Leprosy in India: report of the Leprosy Commission in India, 1890-91
Year: 1890
Disease focus: Leprosy
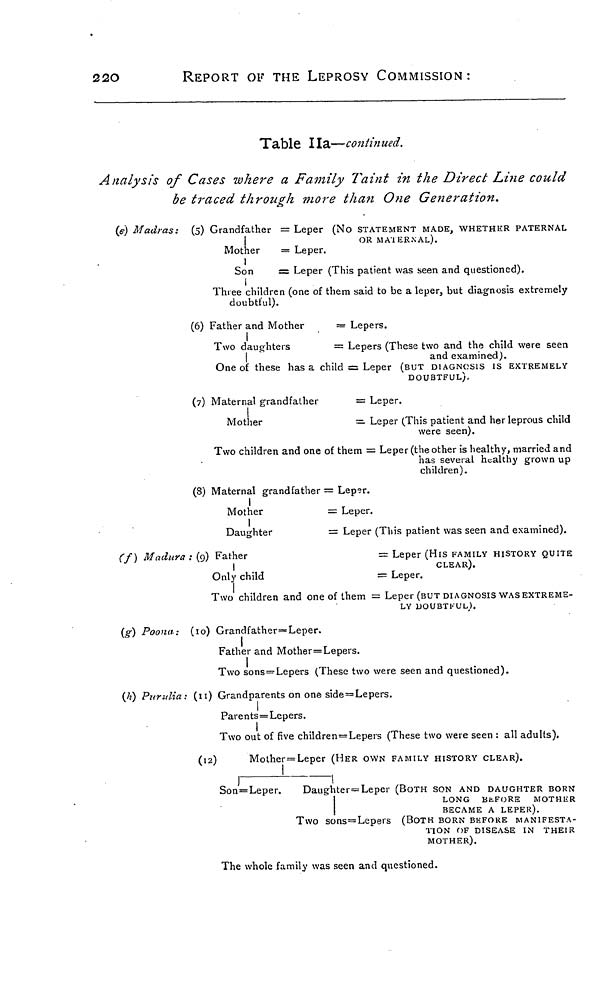
220
REPORT OF THE LEPROSY COMMISSION :
Table 11a—continued.
Analysis of Cases where a Family Taint in the Direct Line could
be traced through more than One Generation.
(e) Madras:
(5) Grandfather = Leper (No STATEMENT MADE, WHETHER PATERNAL
OR MATERNAL).
Mother
= Leper.
Son
= Leper (This patient was seen and questioned).
Three children (one of them said to be a leper, but diagnosis extremely
doubtful).
(6) Father and Mother
= Lepers.
Two daughters
= Lepers (These two and the child were seen
and examined).
One of these has a child = Leper (BUT DIAGNOSIS IS EXTREMELY
DOUBTFUL).
(7) Maternal grandfather
= Leper.
Mother
=
Leper (This patient and her leprous child
were seen).
Two children and one of them = Leper (the other is healthy, married and
has several healthy grown up
children).
(8) Maternal grandfather = Leper.
Mother
= Leper.
Daughter
= Leper (This patient was seen and examined).
(f) Madura : (9) Father
= Leper (His FAMILY HISTORY QUITE
CLEAR).
Only child
= Leper.
Two children and one of them = Leper (BUT DIAGNOSIS WAS EXTREME-
LY DOUBTFUL,).
(g) Poona: (10) Grandfather=Leper.
Father and Mother=Lepers.
Two sons = Lepers (These two were seen and questioned).
(h) Purulia: (11) Grandparents on one side=Lepers.
Parents = Lepers.
Two out of five children=Lepers (These two were seen : all adults).
(12)
Mother=Leper (HER OWN FAMILY HISTORY CLEAR).
Son=Leper.
Daughter= Leper (BOTH SON AND DAUGHTER BORN
LONG BEFORE MOTHER
BECAME A LEPER).
Two sons=Lepers (BOTH BORN BEFORE MANIFESTA-
TION OF DISEASE IN THEIR
MOTHER).
The whole family was seen and questioned.